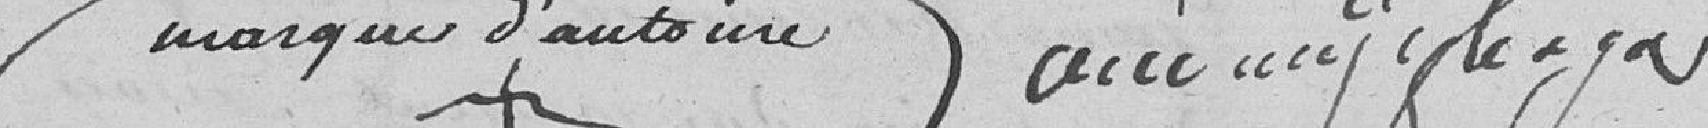
marque d'Antoine